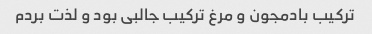
ترکیب بادمجون و مرغ ترکیب جالبی بود و لذت بردم